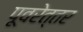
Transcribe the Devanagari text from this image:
पूवरेत्तर